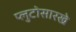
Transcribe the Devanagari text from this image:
प्लुटोसारखे